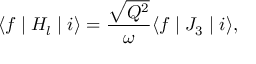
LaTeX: \langle f \mid H _ { l } \mid i \rangle = \frac { \sqrt { Q ^ { 2 } } } { \omega } \langle f \mid J _ { 3 } \mid i \rangle ,